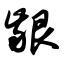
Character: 龈